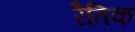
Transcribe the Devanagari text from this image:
रैतिक